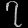
Digit: ၇